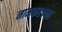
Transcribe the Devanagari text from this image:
नामकरचना